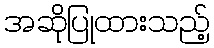
အဆိုပြုထားသည့်